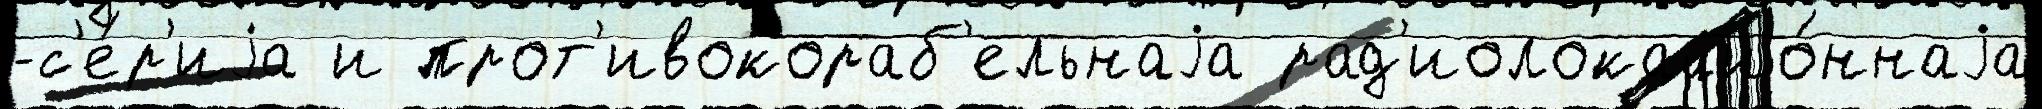
-с'е́р'иjа и прот'ивокораб'ельнаjа рад'иолокацио́ннаjа